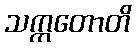
သက္ကတောတိ